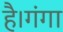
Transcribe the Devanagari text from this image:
है।गंगा